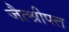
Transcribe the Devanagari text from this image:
जैत्श्रीफ्त